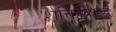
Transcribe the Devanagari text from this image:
शक्तिविरूद्ध